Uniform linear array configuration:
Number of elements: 4
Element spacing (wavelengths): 0.25
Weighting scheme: exponential
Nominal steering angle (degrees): -30
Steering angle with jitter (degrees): -30.404
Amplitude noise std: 0.05
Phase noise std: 0.05

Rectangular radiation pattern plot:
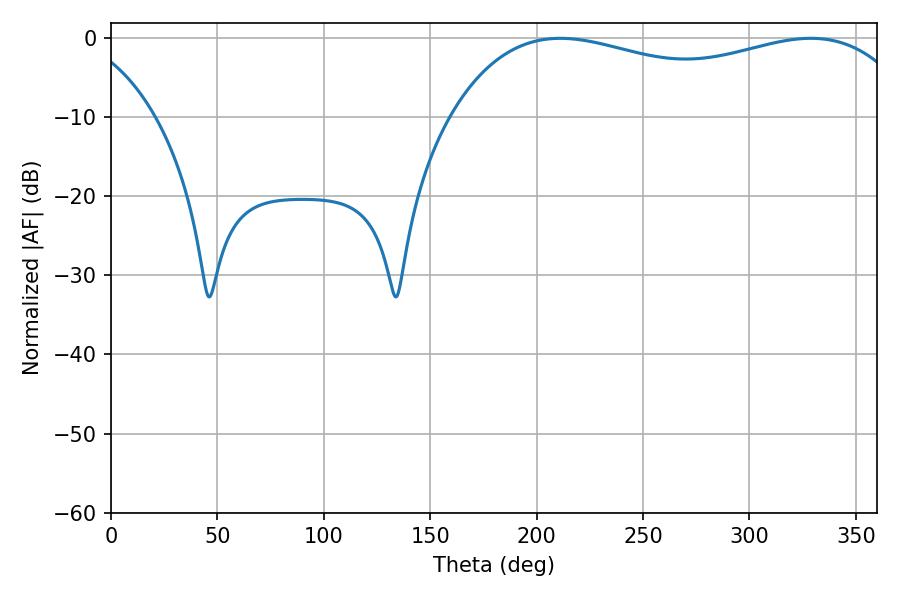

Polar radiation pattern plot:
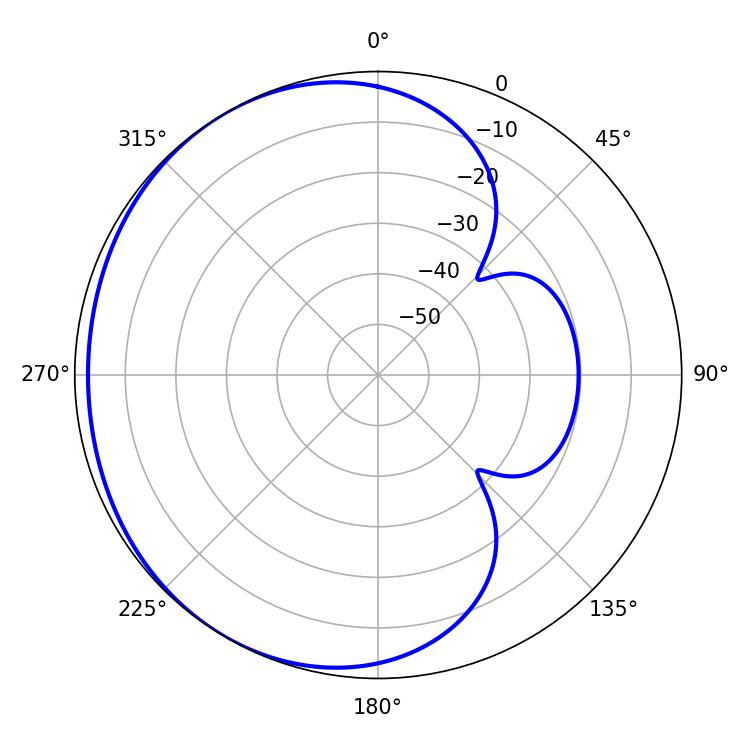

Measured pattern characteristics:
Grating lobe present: FALSE
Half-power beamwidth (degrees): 179.64
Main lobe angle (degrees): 211.14